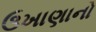
ઉખાણાનો